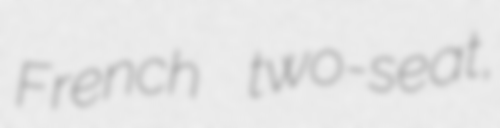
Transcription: French two-seat,